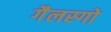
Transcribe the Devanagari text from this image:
गैलस्गो